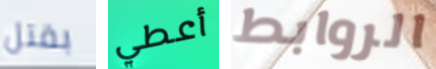
بقتل أعطي الروابط